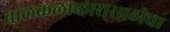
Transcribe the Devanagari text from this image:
बालकलाकारासाठीचा